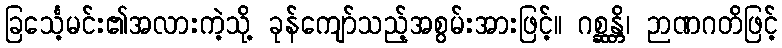
ခြင်္သေ့မင်း၏အလားကဲ့သို့ ခုန်ကျော်သည့်အစွမ်းအားဖြင့်။ ဂစ္ဆန္တိ၊ ဉာဏဂတိဖြင့်